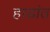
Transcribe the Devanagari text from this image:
हाडांत